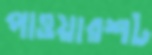
পাওয়ারশট